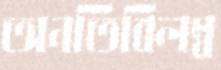
অনতিবিলম্ব